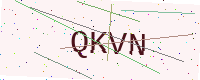
Text: QKVN